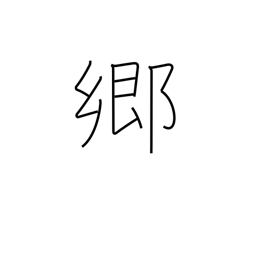
Meaning: district